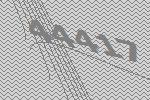
44417